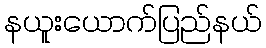
နယူးယောက်ပြည်နယ်